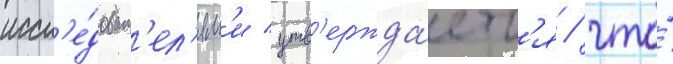
иссл'е́доват'ел'ям'и утв'ержда́етс'я / что́